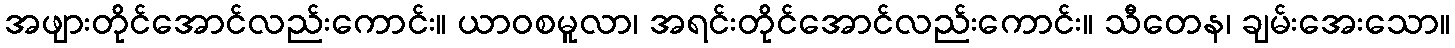
အဖျားတိုင်အောင်လည်းကောင်း။ ယာဝစမူလာ၊ အရင်းတိုင်အောင်လည်းကောင်း။ သီတေန၊ ချမ်းအေးသော။